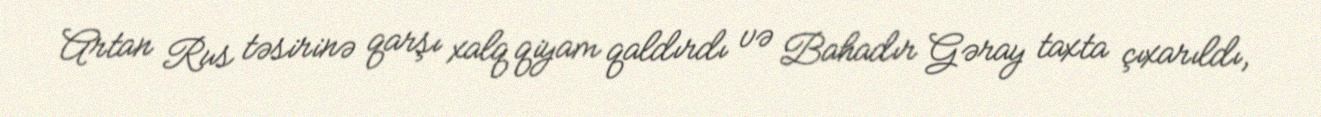
Artan Rus təsirinə qarşı xalq qiyam qaldırdı və Bahadır Gəray taxta çıxarıldı,